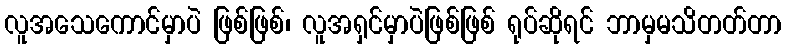
လူအသေကောင်မှာပဲ ဖြစ်ဖြစ်၊ လူအရှင်မှာပဲဖြစ်ဖြစ် ရုပ်ဆိုရင် ဘာမှမသိတတ်တာ